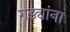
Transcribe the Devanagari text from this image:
गड्यांना